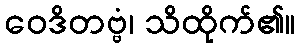
ဝေဒိတဗ္ဗံ၊ သိထိုက်၏။